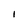
Character: I